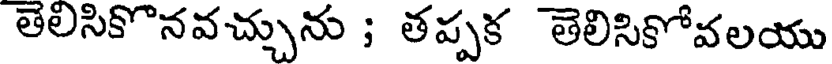
తెలిసికొనవచ్చును ; తప్పక తెలిసికోవలయు